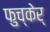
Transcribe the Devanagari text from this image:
फुच्केर्